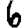
Digit: 6